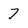
Character: 7